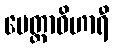
မေတ္တာဝိဟာရီ